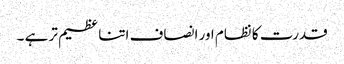
قدرت کا نظام اور انصاف اتنا عظیم تر ہے ۔